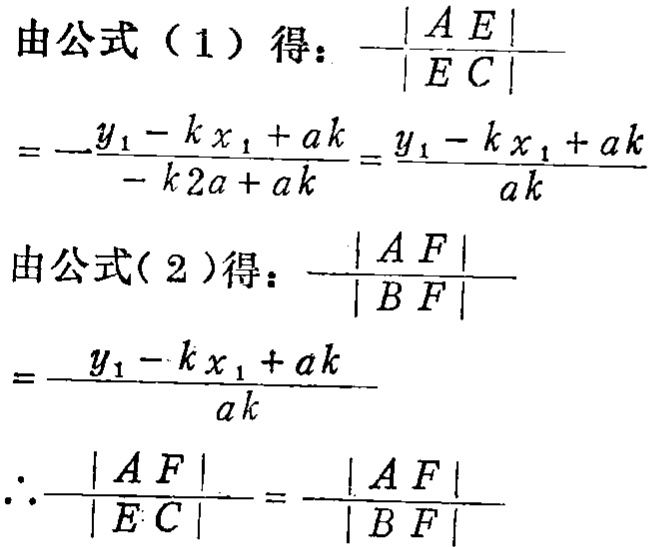
由公式（1）得：\(-\frac{|AE|}{|EC|}\)
\(=-\frac{y_1 - kx_1 + ak}{-k2a + ak}=\frac{y_1 - kx_1 + ak}{ak}\)
由公式(2)得：\(\frac{|AF|}{|BF|}\)
\(=\frac{y_1 - kx_1 + ak}{ak}\)
\(\therefore\frac{|AF|}{|EC|}=\frac{|AF|}{|BF|}\)